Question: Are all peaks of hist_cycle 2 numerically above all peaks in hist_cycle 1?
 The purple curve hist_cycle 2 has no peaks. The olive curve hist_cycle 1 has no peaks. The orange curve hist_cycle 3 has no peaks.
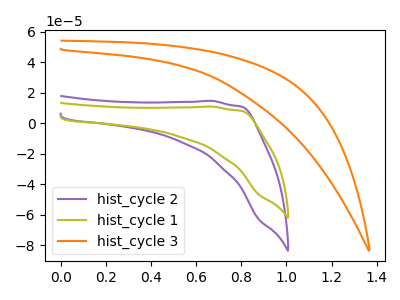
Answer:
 <answer>Niether CV has any peaks.</answer>
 <eval>blanks</eval>